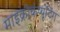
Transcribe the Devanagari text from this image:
माइक्रोकंप्यूटिंग